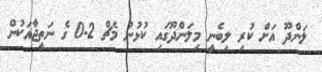
ލަންދޫ އަށް ކުރި ލިބެނީ މިލަންދޫގައި ކުޅުނު މެޗް 2-0 ގެ ނަތީޖާއަކުން